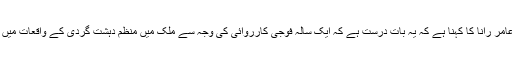
دوسری جانب تجزیہ کار عامر رانا کا کہنا ہے کہ یہ بات درست ہے کہ ایک سالہ فوجی کارروائی کی وجہ سے ملک میں منظم دہشت گردی کے واقعات میں کمی دیکھنے میں آئی ہے۔